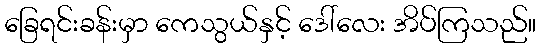
ခြေရင်းခန်းမှာ ကေသွယ်နှင့် ဒေါ်လေး အိပ်ကြသည်။